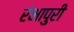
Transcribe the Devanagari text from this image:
रंभापुरी